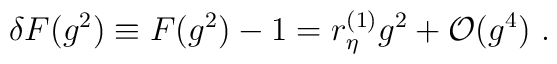
\delta F(g^2) \equiv F(g^2) -1 = r^{(1)}_\eta g^2  + {\cal O}(g^4) \ .